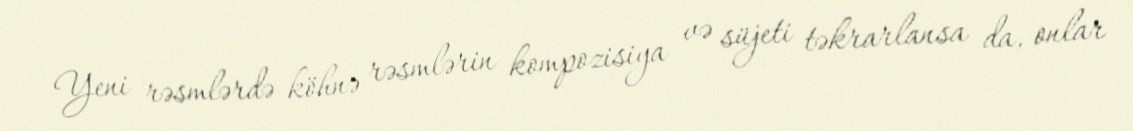
Yeni rəsmlərdə köhnə rəsmlərin kompozisiya və süjeti təkrarlansa da, onlar